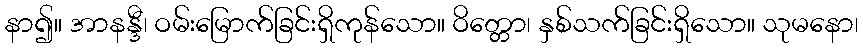
နာ၍။ အာနန္ဒီ၊ ဝမ်းမြောက်ခြင်းရှိကုန်သော။ ဝိတ္တော၊ နှစ်သက်ခြင်းရှိသော။ သုမနော၊